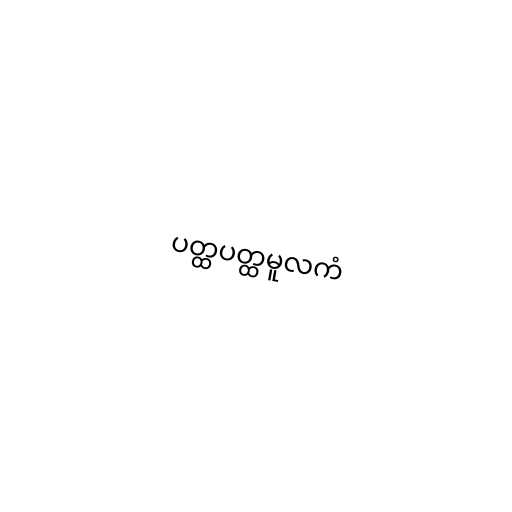
ပတ္ထပတ္ထမူလကံ